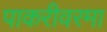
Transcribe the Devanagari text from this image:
पाकरीवरमा